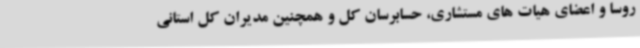
روسا و اعضای هیات های مستشاری، حسابرسان کل و همچنین مدیران کل استانی